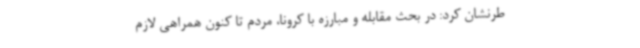
طرنشان کرد: در بحث مقابله و مبارزه با کرونا، مردم تا کنون همراهی لازم